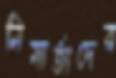
নিমার্তাদের